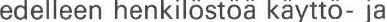
edelleen henkilöstöä käyttö- ja